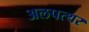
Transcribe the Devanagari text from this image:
अलपत्थर